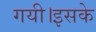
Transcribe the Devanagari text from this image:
गयी।इसके